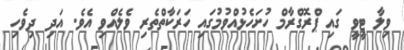
ވިލާ ޓީވީ ގައި ޕްރޮގްރާމް ހުށަހެޅުއްވުމުގައި ހަރަކާތްތެރި ވެލެއްވި އެވެ. އަދި ދިވެހި